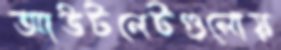
আউটলেটগুলোয়